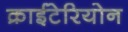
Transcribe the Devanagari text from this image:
क्राईटेरियोन